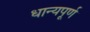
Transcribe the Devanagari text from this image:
धान्यपूर्ण